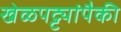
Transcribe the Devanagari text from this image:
खेळपट्ट्यांपैकी